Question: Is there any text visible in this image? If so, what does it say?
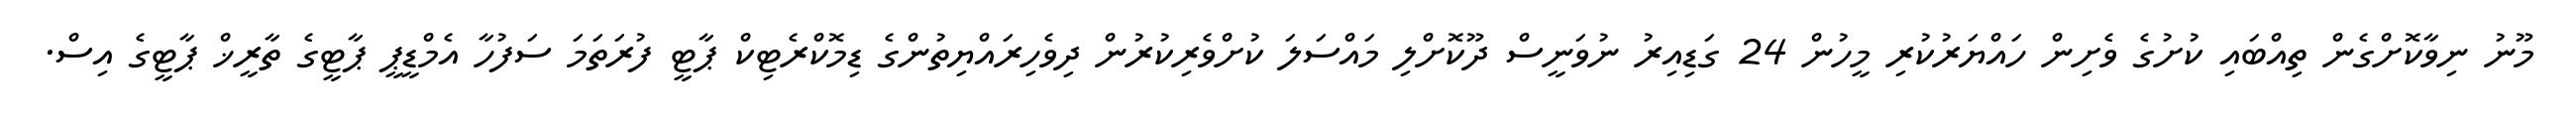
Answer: މޫނު ނިވާކޮށްގެން ތިއްބައި ކުށުގެ ވެށިން ހައްޔަރުކުރި މީހުން 24 ގަޑިއިރު ނުވަނީސް ދޫކޮށްލި މައްސަލަ ކުށްވެރިކުރުން ދިވެހިރައްޔިތުންގެ ޑިމޮކްރެޓިކް ޕާޓީ ފުރަތަމަ ސަފުހާ އެމްޑީޕީ ޕާޓީގެ ތާރީޚް ޕާޓީގެ އިސް.